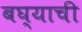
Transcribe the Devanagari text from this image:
बघ्याची